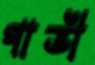
গাভী